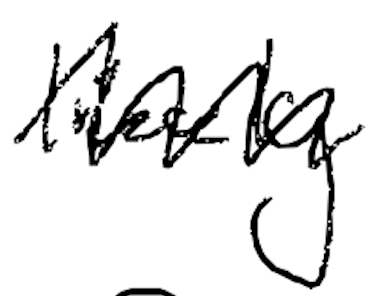
Text: likely
Cross-out: zig-zag
Writing tool: digital_black